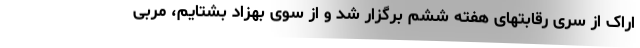
اراک از سری رقابتهای هفته ششم برگزار شد و از سوی بهزاد بشتایم، مربی